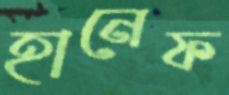
হানেফ